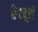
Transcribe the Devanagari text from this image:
कँटबूरी